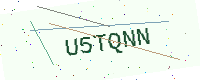
Text: U5TQNN